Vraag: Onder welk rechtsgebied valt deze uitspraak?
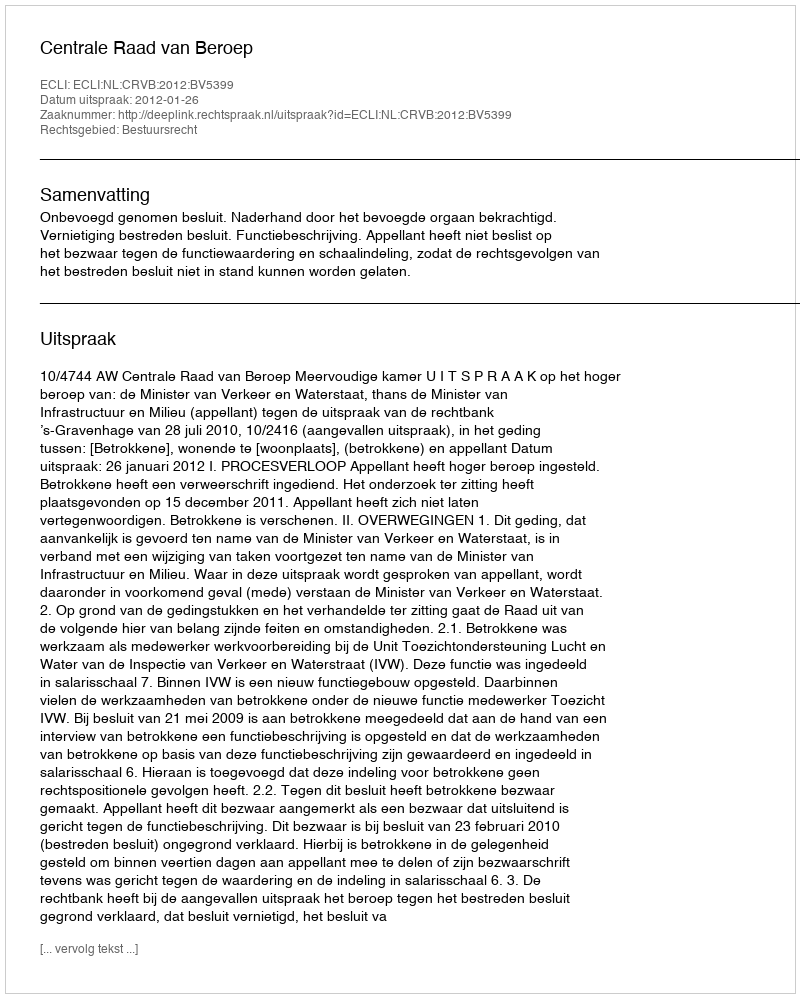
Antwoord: Bestuursrecht